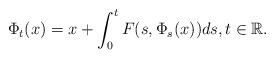
LaTeX: \begin{align*}\Phi_t(x) = x + \int_0^t F(s,\Phi_s(x)) ds,t \in {\mathbb{R}}.\end{align*}